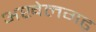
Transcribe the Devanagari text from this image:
अखेलगढ़